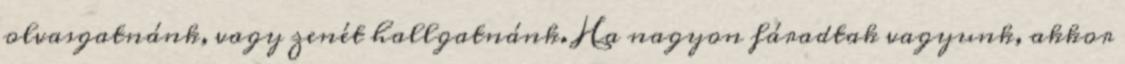
olvasgatnánk, vagy zenét hallgatnánk. Ha nagyon fáradtak vagyunk, akkor